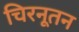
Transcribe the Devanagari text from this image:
चिरनूतन